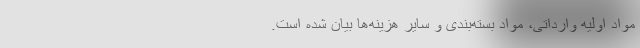
مواد اولیه وارداتی، مواد بسته‌بندی و سایر هزینه‌ها بیان شده است‌.